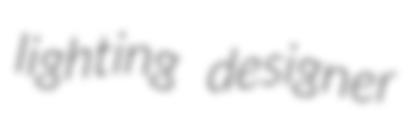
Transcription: lighting designer